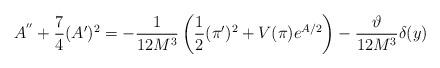
LaTeX: \begin{align*}A^{''}+\frac{7}{4}(A')^2=-\frac{1}{12M^3}\left(\frac{1}{2}(\pi')^2+V(\pi)e^{A/2}\right)-\frac{\vartheta}{12M^3}\delta(y)\end{align*}